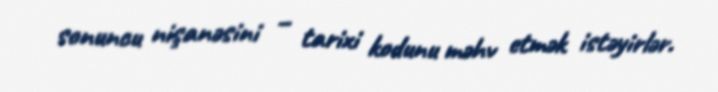
sonuncu nişanəsini – tarixi kodunu məhv etmək istəyirlər.